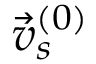
\vec { v } _ { s } ^ { ( 0 ) }